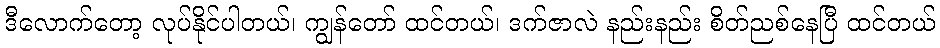
ဒီလောက်တော့ လုပ်နိုင်ပါတယ်၊ ကျွန်တော် ထင်တယ်၊ ဒက်ဇာလဲ နည်းနည်း စိတ်ညစ်နေပြီ ထင်တယ်